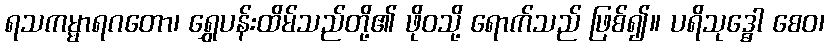
ရသကမ္မာရဂတော၊ ရွှေပန်းထိမ်သည်တို့၏ ဖိုဝသို့ ရောက်သည် ဖြစ်၍။ ပရိသုဒ္ဓေါ စေဝ၊